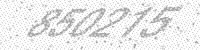
Solution: 850215